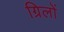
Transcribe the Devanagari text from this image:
ग्रिलों